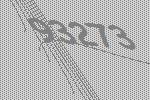
93273